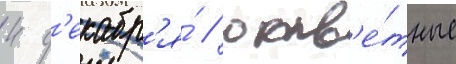
4 д'екабр'я́ / отв'е́тные